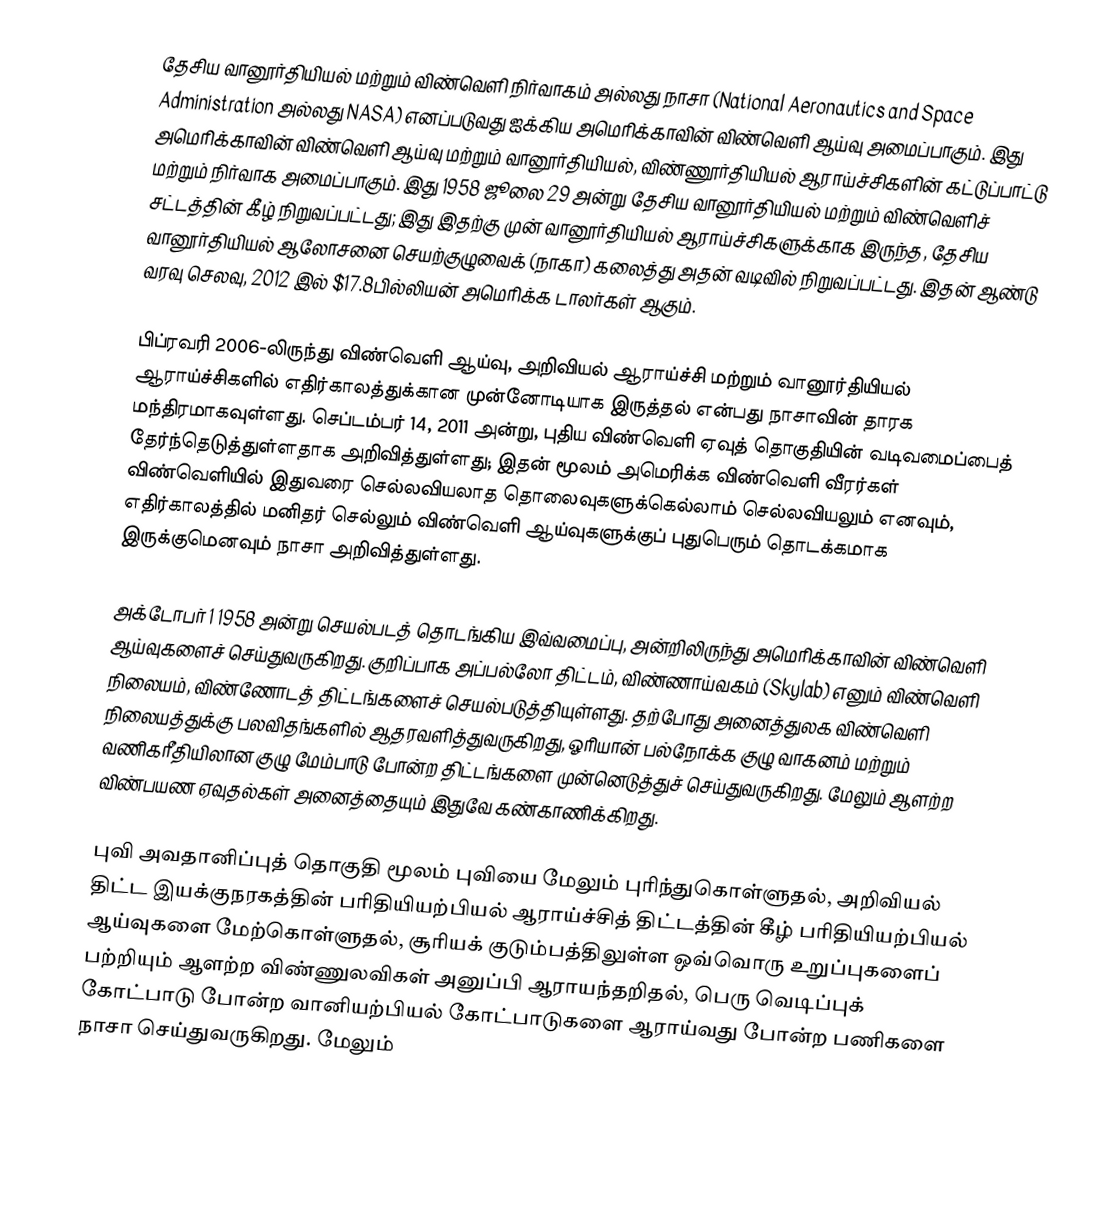
தேசிய வானூர்தியியல் மற்றும் விண்வெளி நிர்வாகம் அல்லது நாசா (National Aeronautics and Space Administration அல்லது NASA) எனப்படுவது ஐக்கிய அமெரிக்காவின் விண்வெளி ஆய்வு அமைப்பாகும்.  இது அமெரிக்காவின் விண்வெளி ஆய்வு மற்றும் வானூர்தியியல், விண்ணூர்தியியல் ஆராய்ச்சிகளின் கட்டுப்பாட்டு மற்றும் நிர்வாக அமைப்பாகும். இது 1958 ஜூலை 29 அன்று தேசிய வானூர்தியியல் மற்றும் விண்வெளிச் சட்டத்தின் கீழ் நிறுவப்பட்டது; இது இதற்கு முன் வானூர்தியியல் ஆராய்ச்சிகளுக்காக  இருந்த, தேசிய வானூர்தியியல் ஆலோசனை செயற்குழுவைக் (நாகா) கலைத்து அதன் வடிவில் நிறுவப்பட்டது. இதன் ஆண்டு வரவு செலவு, 2012 இல் $17.8பில்லியன் அமெரிக்க டாலர்கள் ஆகும்.

பிப்ரவரி 2006-லிருந்து விண்வெளி ஆய்வு, அறிவியல் ஆராய்ச்சி மற்றும் வானூர்தியியல் ஆராய்ச்சிகளில் எதிர்காலத்துக்கான முன்னோடியாக இருத்தல் என்பது நாசாவின் தாரக மந்திரமாகவுள்ளது.  செப்டம்பர் 14, 2011 அன்று, புதிய விண்வெளி ஏவுத் தொகுதியின் வடிவமைப்பைத் தேர்ந்தெடுத்துள்ளதாக அறிவித்துள்ளது; இதன் மூலம் அமெரிக்க விண்வெளி வீரர்கள் விண்வெளியில் இதுவரை செல்லவியலாத தொலைவுகளுக்கெல்லாம் செல்லவியலும் எனவும், எதிர்காலத்தில் மனிதர் செல்லும் விண்வெளி ஆய்வுகளுக்குப்  புதுபெரும் தொடக்கமாக இருக்குமெனவும் நாசா அறிவித்துள்ளது.

அக்டோபர் 1 1958 அன்று செயல்படத் தொடங்கிய இவ்வமைப்பு, அன்றிலிருந்து அமெரிக்காவின் விண்வெளி ஆய்வுகளைச் செய்துவருகிறது.  குறிப்பாக அப்பல்லோ திட்டம், விண்ணாய்வகம் (Skylab) எனும் விண்வெளி நிலையம், விண்ணோடத் திட்டங்களைச் செயல்படுத்தியுள்ளது.  தற்போது அனைத்துலக விண்வெளி நிலையத்துக்கு பலவிதங்களில் ஆதரவளித்துவருகிறது, ஓரியான் பல்நோக்க குழு வாகனம் மற்றும் வணிகரீதியிலான குழு மேம்பாடு போன்ற திட்டங்களை முன்னெடுத்துச் செய்துவருகிறது.  மேலும் ஆளற்ற விண்பயண ஏவுதல்கள் அனைத்தையும் இதுவே கண்காணிக்கிறது.

புவி அவதானிப்புத் தொகுதி மூலம் புவியை மேலும் புரிந்துகொள்ளுதல், அறிவியல் திட்ட இயக்குநரகத்தின் பரிதியியற்பியல் ஆராய்ச்சித் திட்டத்தின் கீழ் பரிதியியற்பியல் ஆய்வுகளை மேற்கொள்ளுதல், சூரியக் குடும்பத்திலுள்ள ஒவ்வொரு உறுப்புகளைப் பற்றியும் ஆளற்ற விண்ணுலவிகள் அனுப்பி ஆராயந்தறிதல், பெரு வெடிப்புக் கோட்பாடு போன்ற வானியற்பியல் கோட்பாடுகளை ஆராய்வது போன்ற பணிகளை நாசா செய்துவருகிறது.  மேலும்